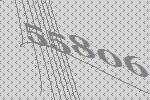
55806